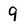
Character: 9